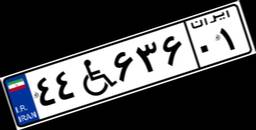
۴۴W۶۳۶۰۱